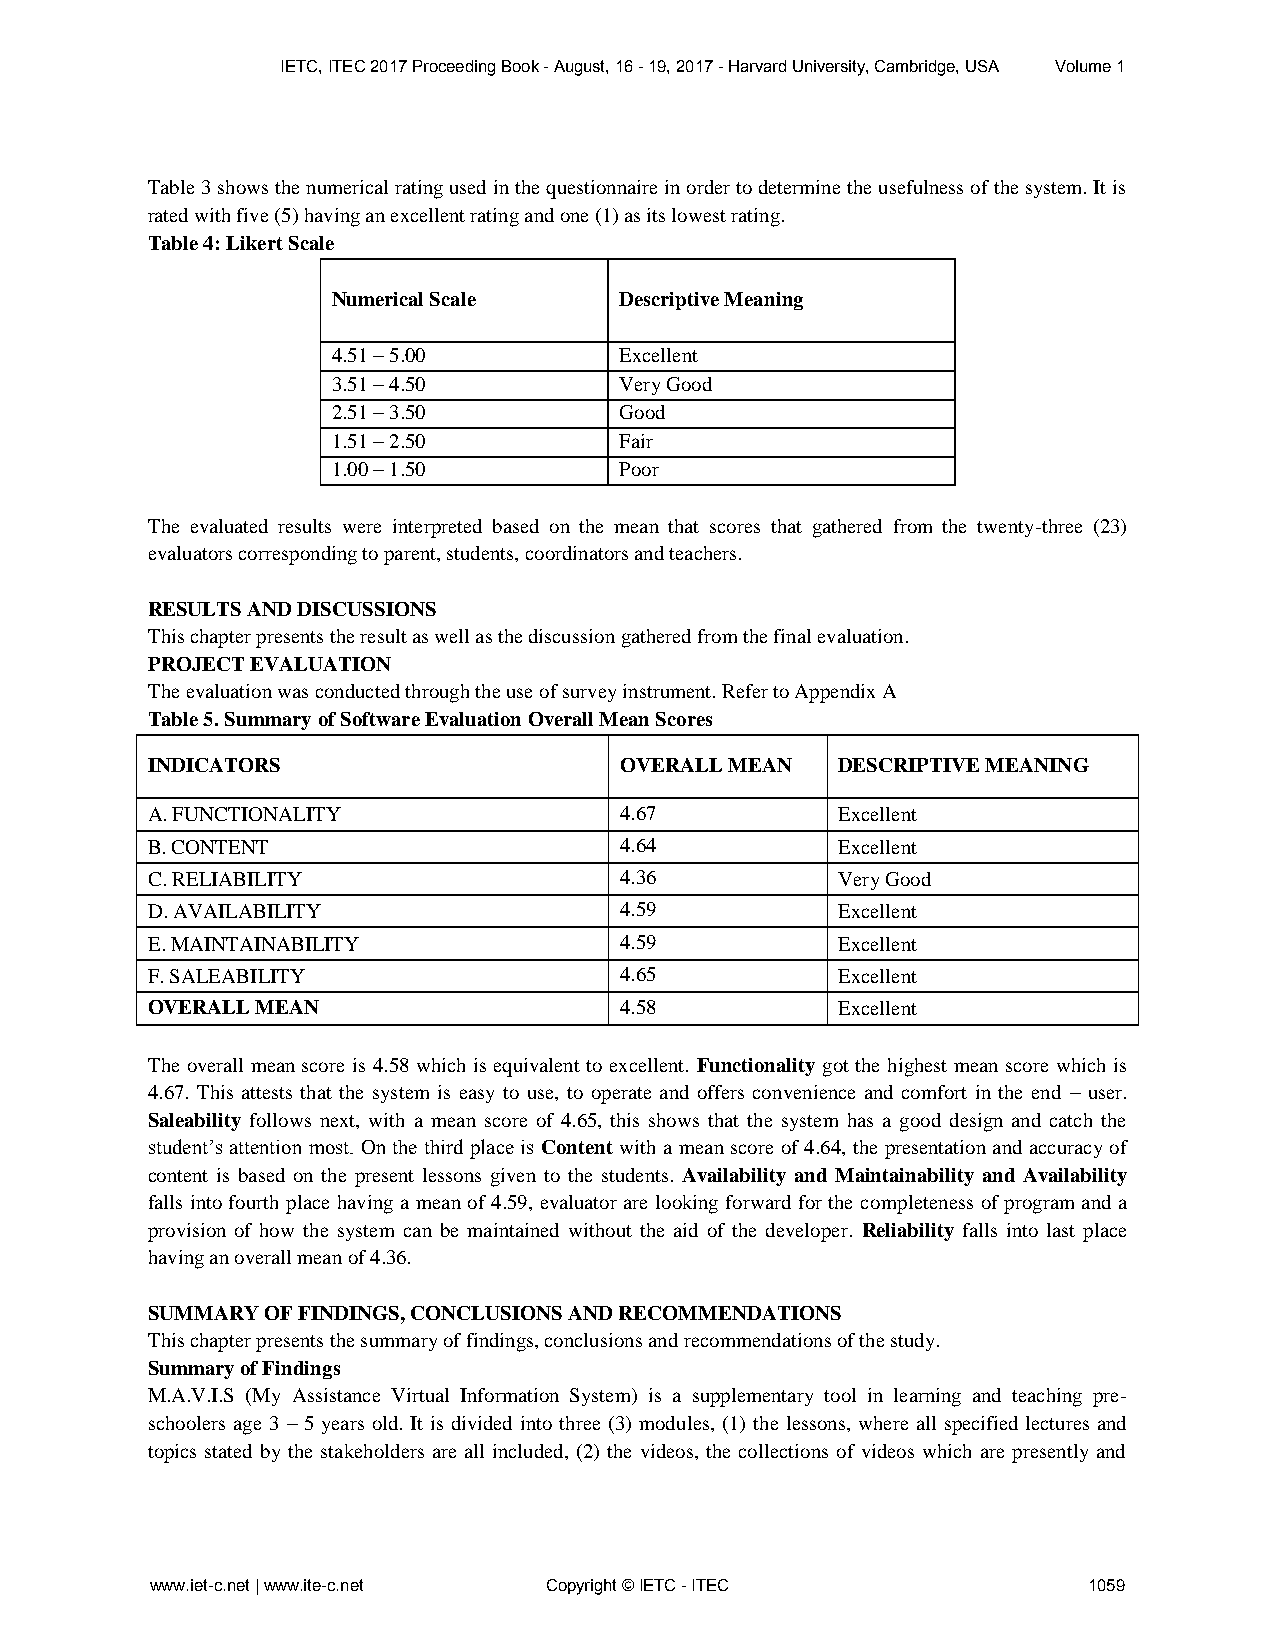
IETC, ITEC 2017 Proceeding Book - August, 16 - 19, 2017 - Harvard University, Cambridge, USA Volume 1
 Table 3 shows the numerical rating used in the questionnaire in order to determine the usefulness of the system. It is
 rated with five (5) having an excellent rating and one (1) as its lowest rating.
 Table 4: Likert Scale
 Numerical Scale    Descriptive Meaning
 4.51 – 5.00        Excellent
 3.51 – 4.50        Very Good
 2.51 – 3.50        Good
 1.51 – 2.50        Fair
 1.00 – 1.50        Poor
 The evaluated results were interpreted based on the mean that scores that gathered from the twenty-three (23)
 evaluators corresponding to parent, students, coordinators and teachers.
 RESULTS AND DISCUSSIONS
 This chapter presents the result as well as the discussion gathered from the final evaluation.
 PROJECT EVALUATION
 The evaluation was conducted through the use of survey instrument. Refer to Appendix A
 Table 5. Summary of Software Evaluation Overall Mean Scores
 INDICATORS                     OVERALL MEAN  DESCRIPTIVE MEANING
 A. FUNCTIONALITY               4.67          Excellent
 B. CONTENT                     4.64          Excellent
 C. RELIABILITY                 4.36          Very Good
 D. AVAILABILITY                4.59          Excellent
 E. MAINTAINABILITY             4.59          Excellent
 F. SALEABILITY                 4.65          Excellent
 OVERALL MEAN                   4.58          Excellent
 The overall mean score is 4.58 which is equivalent to excellent. Functionality got the highest mean score which is
 4.67. This attests that the system is easy to use, to operate and offers convenience and comfort in the end – user.
 Saleability follows next, with a mean score of 4.65, this shows that the system has a good design and catch the
 student’s attention most. On the third place is Content with a mean score of 4.64, the presentation and accuracy of
 content is based on the present lessons given to the students. Availability and Maintainability and Availability
 falls into fourth place having a mean of 4.59, evaluator are looking forward for the completeness of program and a
 provision of how the system can be maintained without the aid of the developer. Reliability falls into last place
 having an overall mean of 4.36.
 SUMMARY OF FINDINGS, CONCLUSIONS AND RECOMMENDATIONS
 This chapter presents the summary of findings, conclusions and recommendations of the study.
 Summary of Findings
 M.A.V.I.S (My Assistance Virtual Information System) is a supplementary tool in learning and teaching pre-
 schoolers age 3 – 5 years old. It is divided into three (3) modules, (1) the lessons, where all specified lectures and
 topics stated by the stakeholders are all included, (2) the videos, the collections of videos which are presently and
 www.iet-c.net | www.ite-c.net Copyright © IETC - ITEC         1059